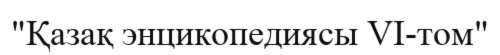
"Қазақ энцикопедиясы VI-том"